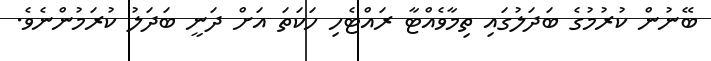
ބޭނުން ކުރުމުގެ ބަދަލުގައި ތިމާވެއްޓާ ރައްޓެހި ހަކަތަ އަށް ދަނީ ބަދަލު ކުރަމުންނެވެ.